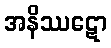
အနိဿဋော